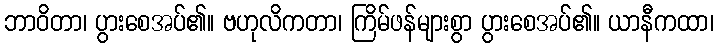
ဘာဝိတာ၊ ပွားစေအပ်၏။ ဗဟုလိကတာ၊ ကြိမ်ဖန်များစွာ ပွားစေအပ်၏။ ယာနီကထာ၊